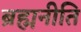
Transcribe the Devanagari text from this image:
ब्रह्मनीति